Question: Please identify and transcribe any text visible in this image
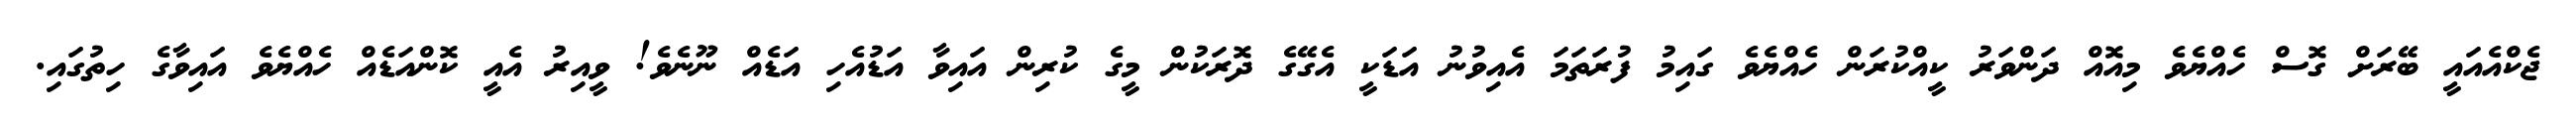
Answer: ޖެކްއެއައީ ބޭރަށް ގޮސް ހެއްޔެވެ މިއޮއް ދަންވަރު ކީއްކުރަން ހެއްޔެވެ ގައިމު ފުރަތަމަ އެއިވުނު އަޑަކީ އެގޭގެ ދޮރަކުން މީގެ ކުރިން އައިވާ އަޑުއެހި އަޑެއް ނޫނެވެ! ވީއިރު އެއީ ކޮންއަޑެއް ހެއްޔެވެ އައިވާގެ ހިތުގައި.